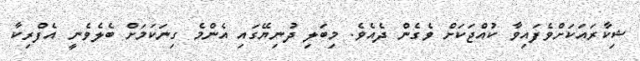
ޝިކާރައަކަށްވެފައިވާ ކުއްޖަކަށް ވެގެން ދެއެވެ. މިބަލި ދުނިޔޭގައި އެންމެ ގިނަކަމަށް ބެލެވެނީ އެފްރިކާ